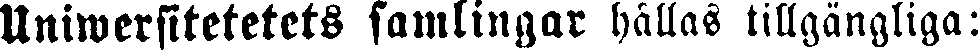
Uniwersitetetets samlingar hållas tillgängliga: